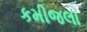
કમીજલા